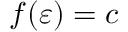
f ( \varepsilon ) = c